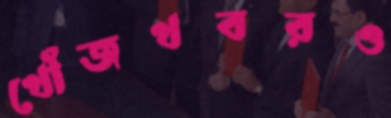
খোঁজখবরও